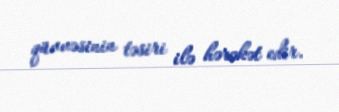
qüvvəsinin təsiri ilə hərəkət edir.